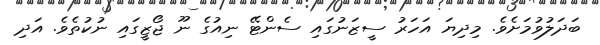
ބަދަލުވުމަށެވެ. މިދިޔަ އަހަރު ސީޒަނުގައި ސެންޓޭ ނިއުގެ ނޫ ޖޯޒީގައި ނުކުތެވެ. އަދި